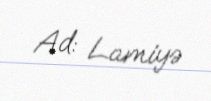
Ad: Lamiyə